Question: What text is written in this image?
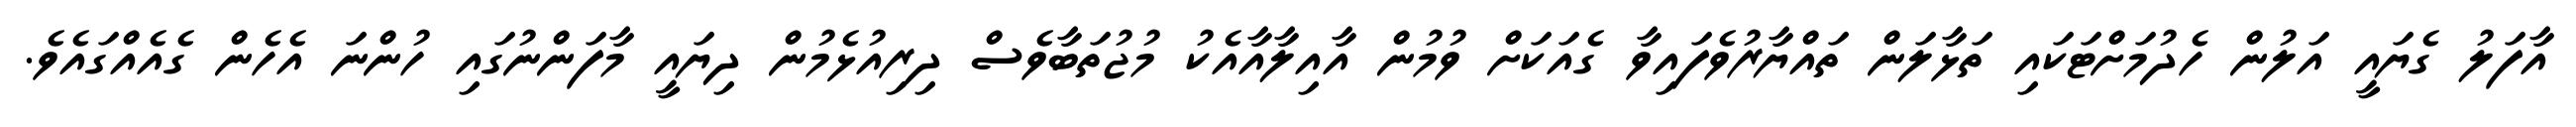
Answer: އާފަލު ގެޔައީ އަލުން ހެދުމަށްޓަކައި ތަޅާލަން ތައްޔާރުވެފައިވާ ގެއަކަށް ވުމުން އާއިލާއާއެކު މުޖުތަބާވެސް ދިރިއުޅެމުން ދިޔައީ މާފަންނުގައި ހުންނަ އެހެން ގެއެއްގައެވެ.